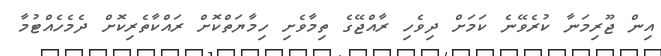
އިން ޖޫރިމަނާ ކުރެވޭނެ ކަމަށް ދިވެހި ރާއްޖޭގެ ތިމާވެށި ހިމާޔަތްކޮށް ރައްކާތެރިކޮށް ދެމެހެއްޓުމާ